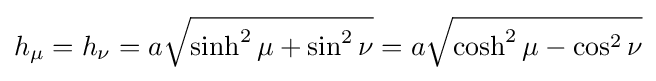
h_{\mu }=h_{\nu }=a{\sqrt {\sinh ^{2}\mu +\sin ^{2}\nu }}=a{\sqrt {\cosh ^{2}\mu -\cos ^{2}\nu }}